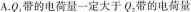
A.Q_{1}带的电荷量一定大于Q_{2}带的电荷量